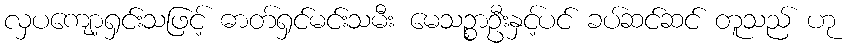
လှပကျော့ရှင်းသဖြင့် ဓာတ်ရှင်မင်းသမီး မေသဉ္စာဦးနှင့်ပင် ခပ်ဆင်ဆင် တူသည် ဟု